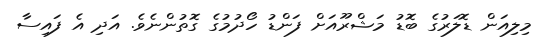
މިލިއަން ޑޮލަރުގެ ބޮޑު މަޝްރޫއަށް ފަންޑު ހޯދުމުގެ ގޮތުންނެވެ. އަދި އެ ފައިސާ